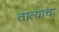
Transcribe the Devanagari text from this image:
तात्याचा